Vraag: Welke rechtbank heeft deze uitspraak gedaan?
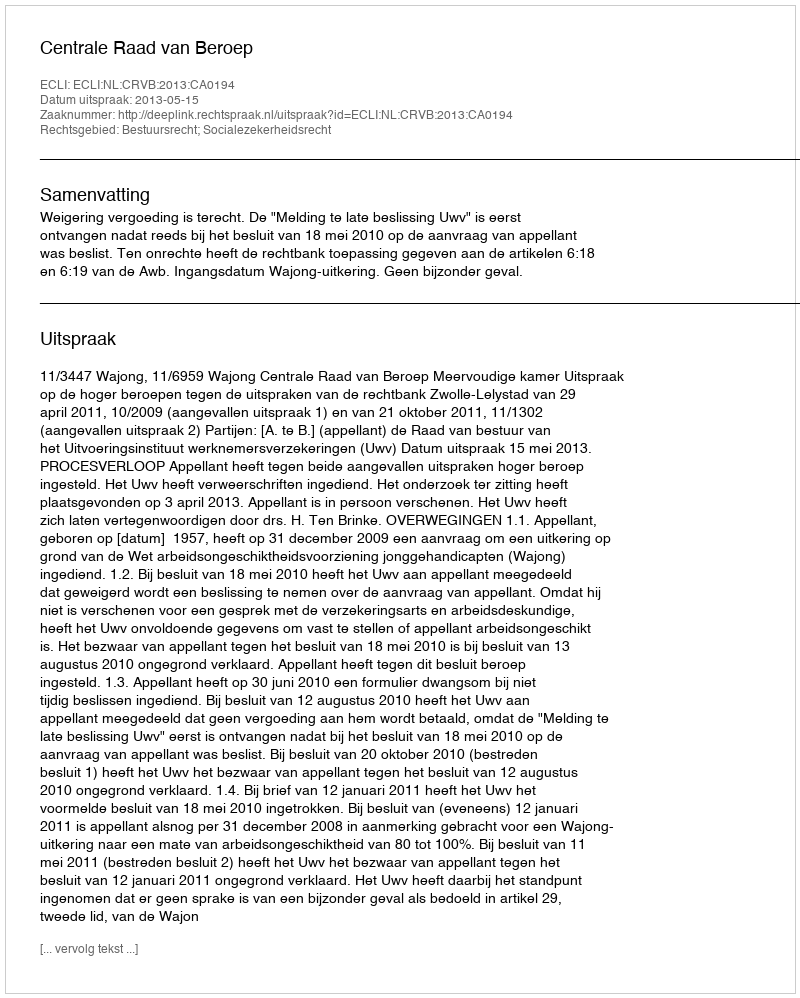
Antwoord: Centrale Raad van Beroep